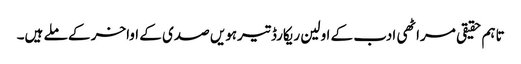
تاہم حقیقی مراٹھی ادب کے اولین ریکارڈ تیرہویں صدی کے اواخر کے ملے ہیں۔